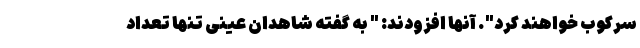
سرکوب خواهند کرد". آنها افزودند: " به گفته شاهدان عینی تنها تعداد